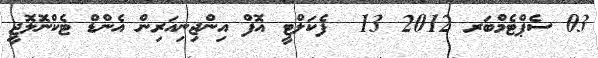
03 ސެޕްޓެމްބަރ 2012 13  ފެކަލްޓީ އޮފް އިންޖިނިއަރިން އެންޑް ޓެކްނޮލޮޖީ